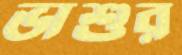
ভাশুর